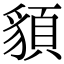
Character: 䫉